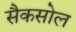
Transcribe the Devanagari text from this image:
सैकसोल